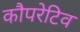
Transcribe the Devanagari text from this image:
कौपरेटिव